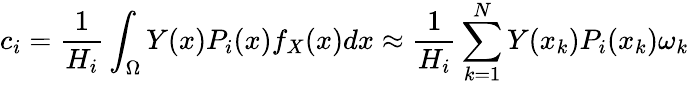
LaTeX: c_{i}=\frac{1}{H_{i}}\int_{\Omega}Y(x)P_{i}(x)f_{X}(x)dx\approx\frac{1}{H_{i}}\sum_{k=1}^{N}Y(x_{k})P_{i}(x_{k})\omega_{k}